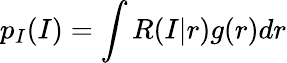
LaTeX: p_{I}(I)=\int R(I|r)g(r)dr